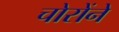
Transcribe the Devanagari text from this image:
चोरोंने